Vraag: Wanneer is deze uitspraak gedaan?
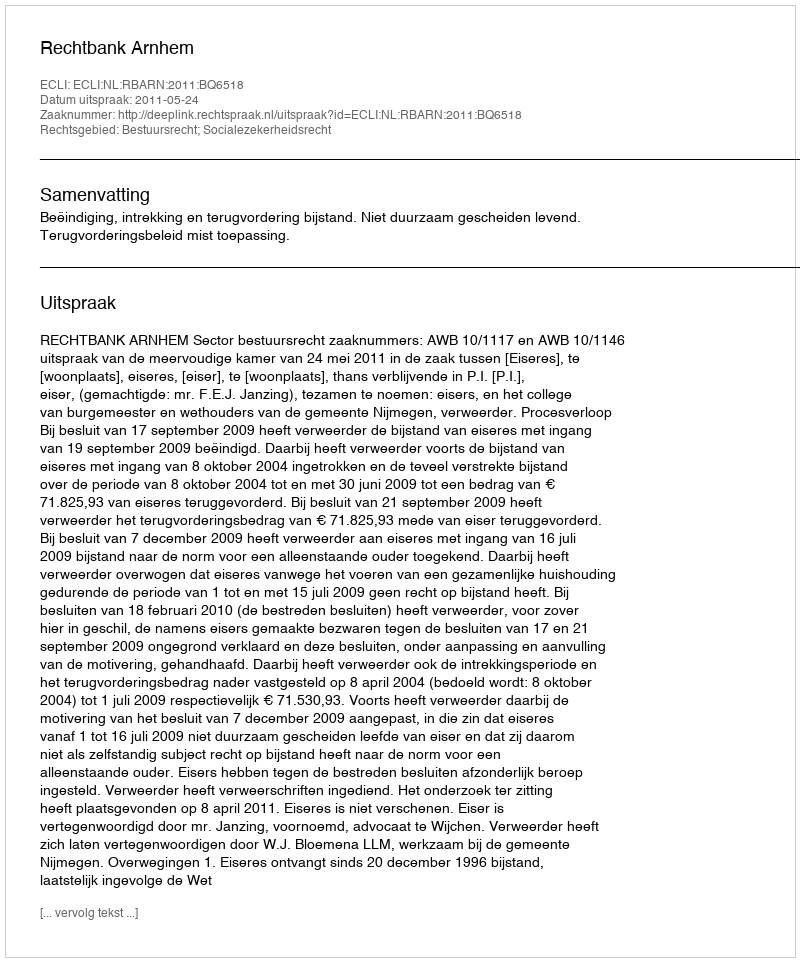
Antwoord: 2011-05-24